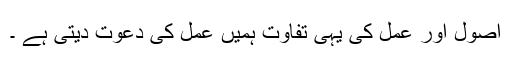
اصول اور عمل کی یہی تفاوت ہمیں عمل کی دعوت دیتی ہے ۔